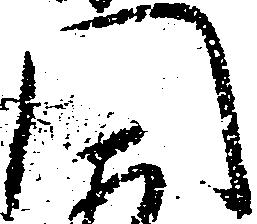
門